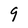
Character: 9